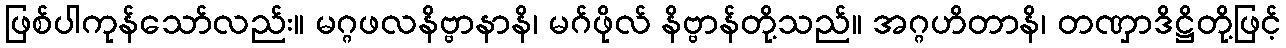
ဖြစ်ပါကုန်သော်လည်း။ မဂ္ဂဖလနိဗ္ဗာနာနိ၊ မဂ်ဖိုလ် နိဗ္ဗာန်တို့သည်။ အဂ္ဂဟိတာနိ၊ တဏှာဒိဋ္ဌိတို့ဖြင့်